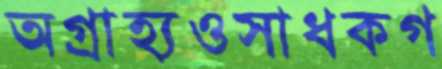
অগ্রাহ্যওসাধকগ